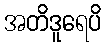
အတိဒူရေပိ